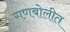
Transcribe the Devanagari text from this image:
गणबोलीत